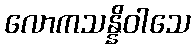
လောကသန္နိဝါသေ